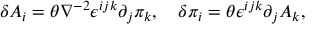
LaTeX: \delta A _ { i } = \theta \nabla ^ { - 2 } \epsilon ^ { i j k } \partial _ { j } \pi _ { k } , \quad \delta \pi _ { i } = \theta \epsilon ^ { i j k } \partial _ { j } A _ { k } ,